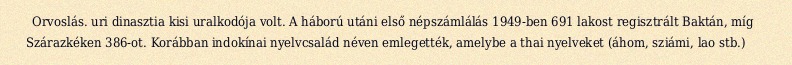
Orvoslás. uri dinasztia kisi uralkodója volt. A háború utáni első népszámlálás 1949-ben 691 lakost regisztrált Baktán, míg Szárazkéken 386-ot. Korábban indokínai nyelvcsalád néven emlegették, amelybe a thai nyelveket (áhom, sziámi, lao stb.)